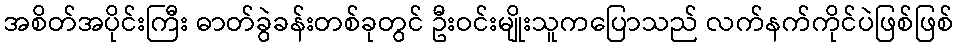
အစိတ်အပိုင်းကြီး ဓာတ်ခွဲခန်းတစ်ခုတွင် ဦးဝင်းမျိုးသူကပြောသည် လက်နက်ကိုင်ပဲဖြစ်ဖြစ်